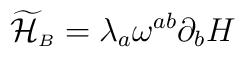
{\widetilde{\cal H}}_{\scriptscriptstyle B}=\lambda_{a}\omega^{ab}\partial_{b}H